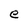
Character: e